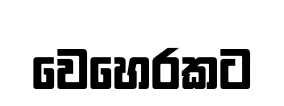
වෙහෙරකට